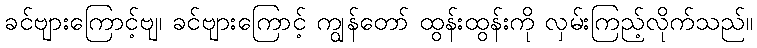
ခင်ဗျားကြောင့်ဗျ၊ ခင်ဗျားကြောင့် ကျွန်တော် ထွန်းထွန်းကို လှမ်းကြည့်လိုက်သည်။